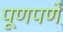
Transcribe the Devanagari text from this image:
पूणपणे